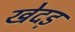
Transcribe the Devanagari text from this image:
खेदड़